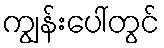
ကျွန်းပေါ်တွင်